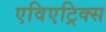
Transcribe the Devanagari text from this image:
एविएट्रिक्स